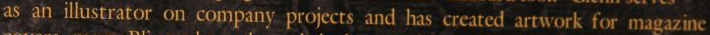
as an illustrator on company projects and has created artwork for magacine